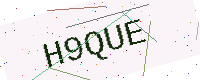
Text: H9QUE